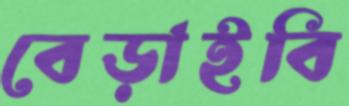
বেড়াইবি